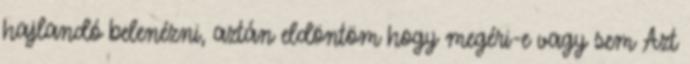
hajlandó belenézni, aztán eldöntöm hogy megéri-e vagy sem Azt